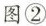
图②